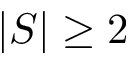
| S | \ge 2